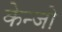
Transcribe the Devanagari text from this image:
केन्जो